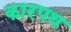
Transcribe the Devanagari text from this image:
कारपथ